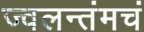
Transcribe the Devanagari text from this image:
ज्वलन्तंमचं